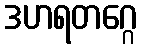
ဒဟရတဂ္ဂေ